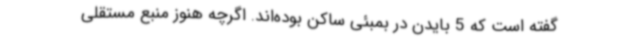
گفته است که 5 بایدن در بمبئی ساکن بوده‌اند. اگرچه هنوز منبع مستقلی